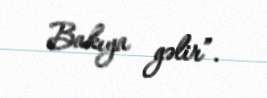
Bakıya gəlir”.